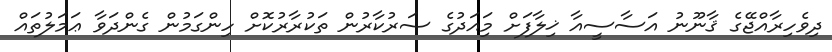
ދިވެހިރާއްޖޭގެ ޤާނޫނު އަސާސީއާ ޚިލާފަށް މިައަދުގެ ސަރުކާރުން ތަކުރާރުކޮށް ހިންގަމުން ގެންދަވާ ޢަމަލުތައް